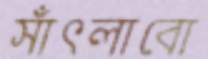
সাঁৎলাবো